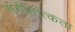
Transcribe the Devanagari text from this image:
संगीतात्कता